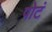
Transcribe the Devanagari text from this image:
पोटं